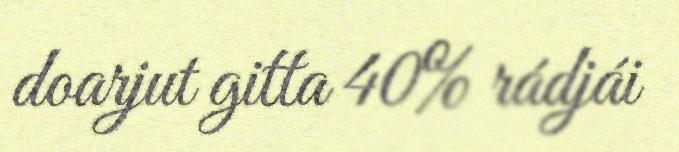
doarjut gitta 40% rádjái